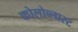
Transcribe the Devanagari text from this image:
कोलोब्लास्ट